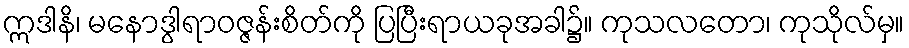
ဣဒါနိ၊ မနောဒွါရာဝဇ္ဇန်းစိတ်ကို ပြပြီးရာယခုအခါ၌။ ကုသလတော၊ ကုသိုလ်မှ။